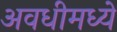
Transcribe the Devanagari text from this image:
अवधीमध्ये